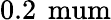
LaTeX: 0.2\, \mathrm{\ mum}